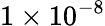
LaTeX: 1\times 10^{-8}